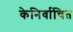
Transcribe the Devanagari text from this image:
केनिर्वाचित